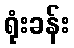
ရုံးခန်း